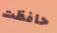
حافظت